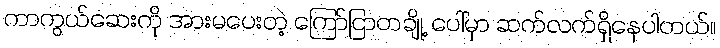
ကာကွယ်ဆေးကို အားမပေးတဲ့ ကြော်ငြာတချို့ ပေါ်မှာ ဆက်လက်ရှိနေပါတယ်။